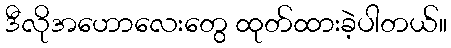
ဒီလိုအဟောလေးတွေ ထုတ်ထားခဲ့ပါတယ်။